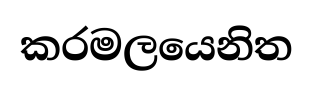
කරමලයෙනිත